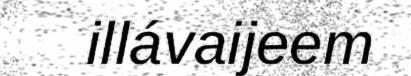
illávaijeem